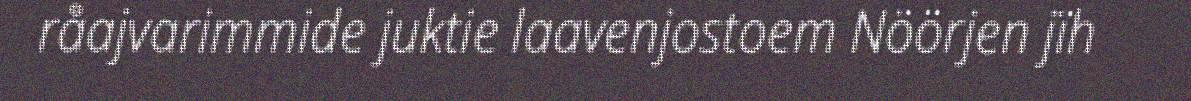
råajvarimmide juktie laavenjostoem Nöörjen jïh